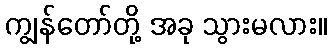
ကျွန်တော်တို့ အခု သွားမလား။